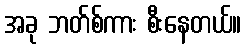
အခု ဘတ်စ်ကား စီးနေတယ်။